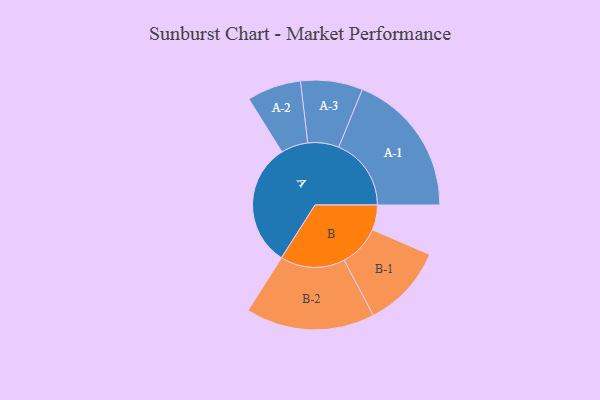
{"axis": {"x": "Segment", "y": "Value"}, "legend": ["", "A", "B"], "data": [{"x": "A", "y": 495, "type": ""}, {"x": "B", "y": 100, "type": ""}, {"x": "A-1", "y": 290, "type": "A"}, {"x": "A-2", "y": 108, "type": "A"}, {"x": "A-3", "y": 124, "type": "A"}, {"x": "B-1", "y": 166, "type": "B"}, {"x": "B-2", "y": 258, "type": "B"}]}